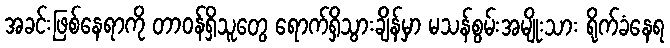
အခင်းဖြစ်နေရာကို တာဝန်ရှိသူတွေ ရောက်ရှိသွားချိန်မှာ မသန်စွမ်းအမျိုးသား ရိုက်ခံနေရ